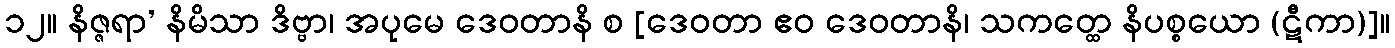
၁၂။ နိဇ္ဇရာ’ နိမိသာ ဒိဗ္ဗာ၊ အပုမေ ဒေဝတာနိ စ [ဒေဝတာ ဧဝ ဒေဝတာနိ၊ သကတ္ထေ နိပစ္စယော (ဋီကာ)]။